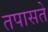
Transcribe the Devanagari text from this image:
तपासते